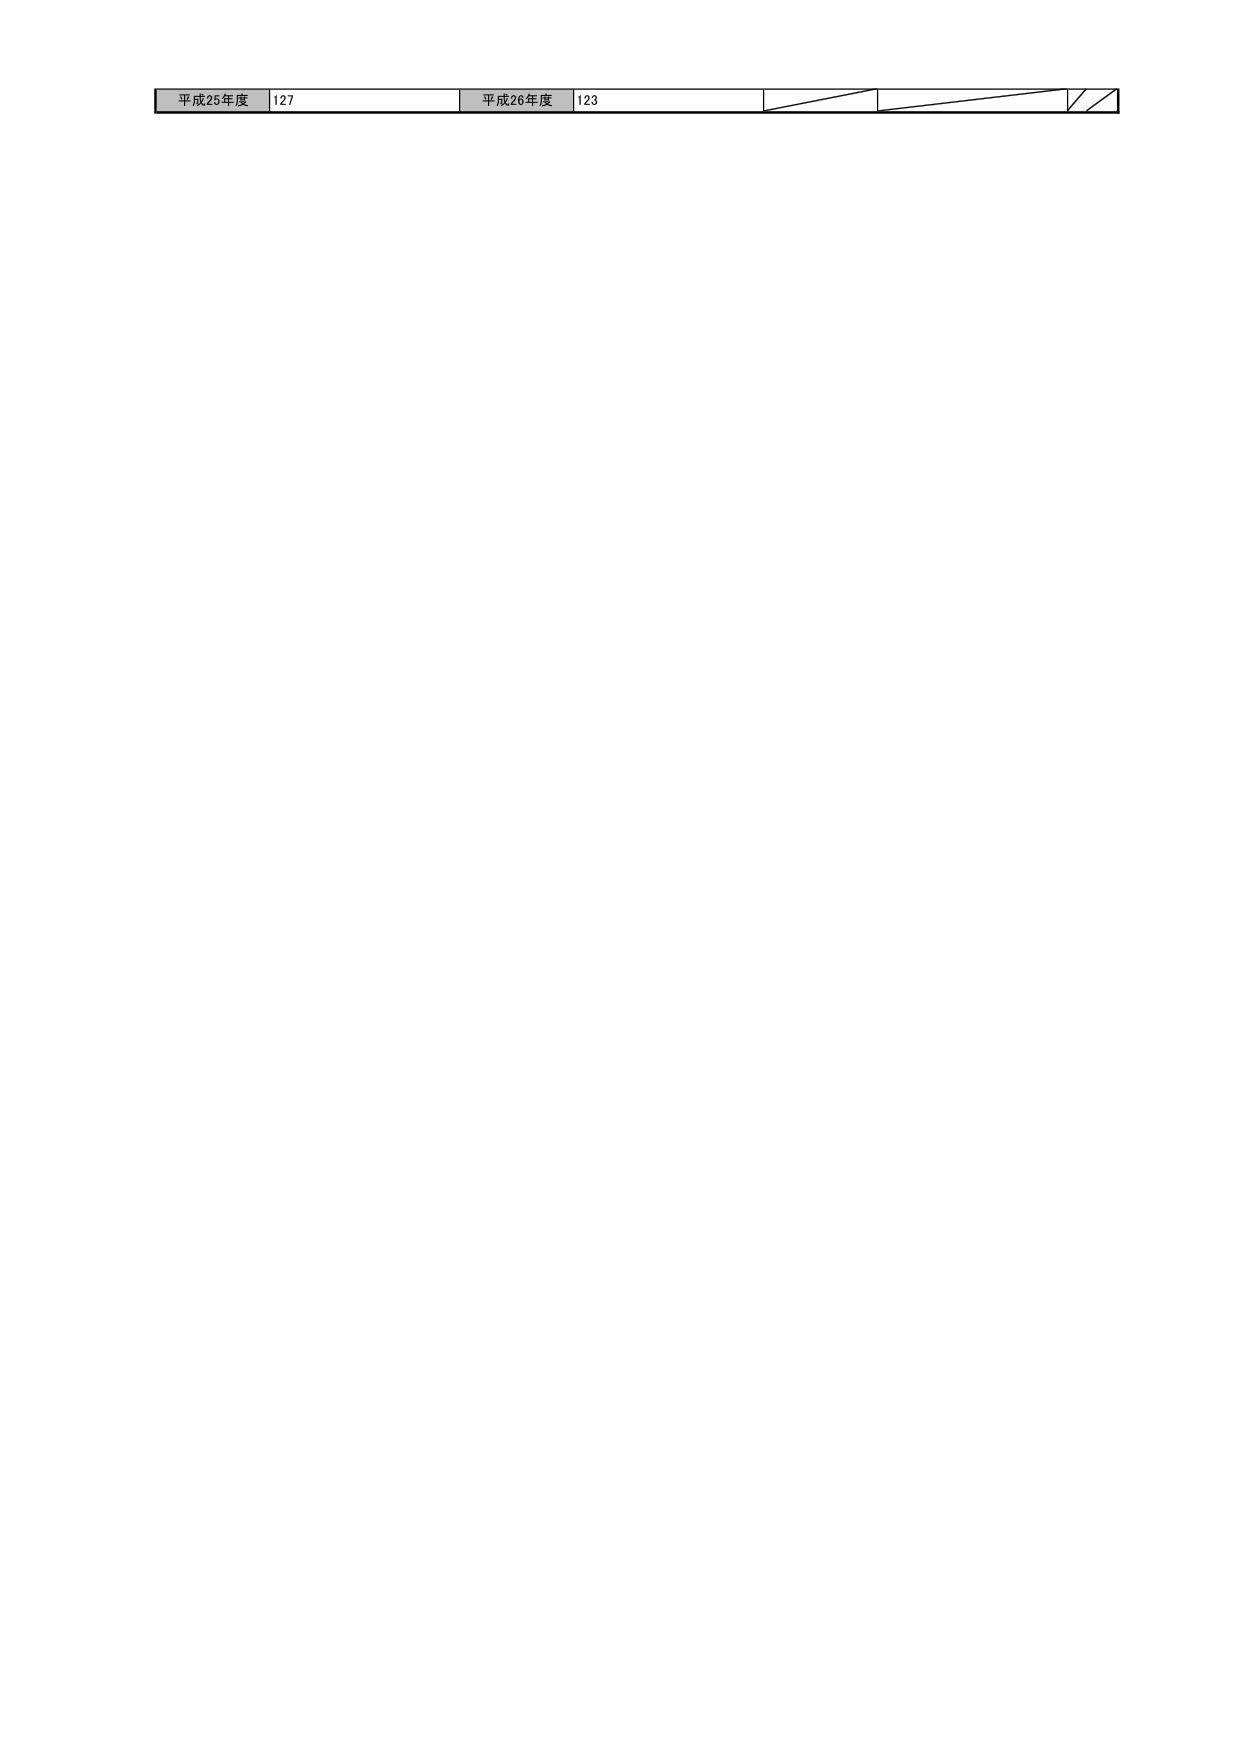
平成25年度 127 平成26年度 123